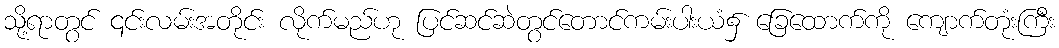
သို့ရာတွင် ၎င်းလမ်းအတိုင်း လိုက်မည်ဟု ပြင်ဆင်ဆဲတွင်တောင်ကမ်းပါးယံ၌ ခြေထောက်ကို ကျောက်တုံးကြီး